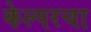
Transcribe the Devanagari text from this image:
केल्परचा